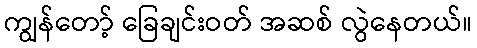
ကျွန်တော့် ခြေချင်းဝတ် အဆစ် လွဲနေတယ်။